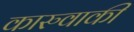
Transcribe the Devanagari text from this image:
कारुवाकी